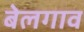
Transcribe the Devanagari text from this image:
बेलगाव